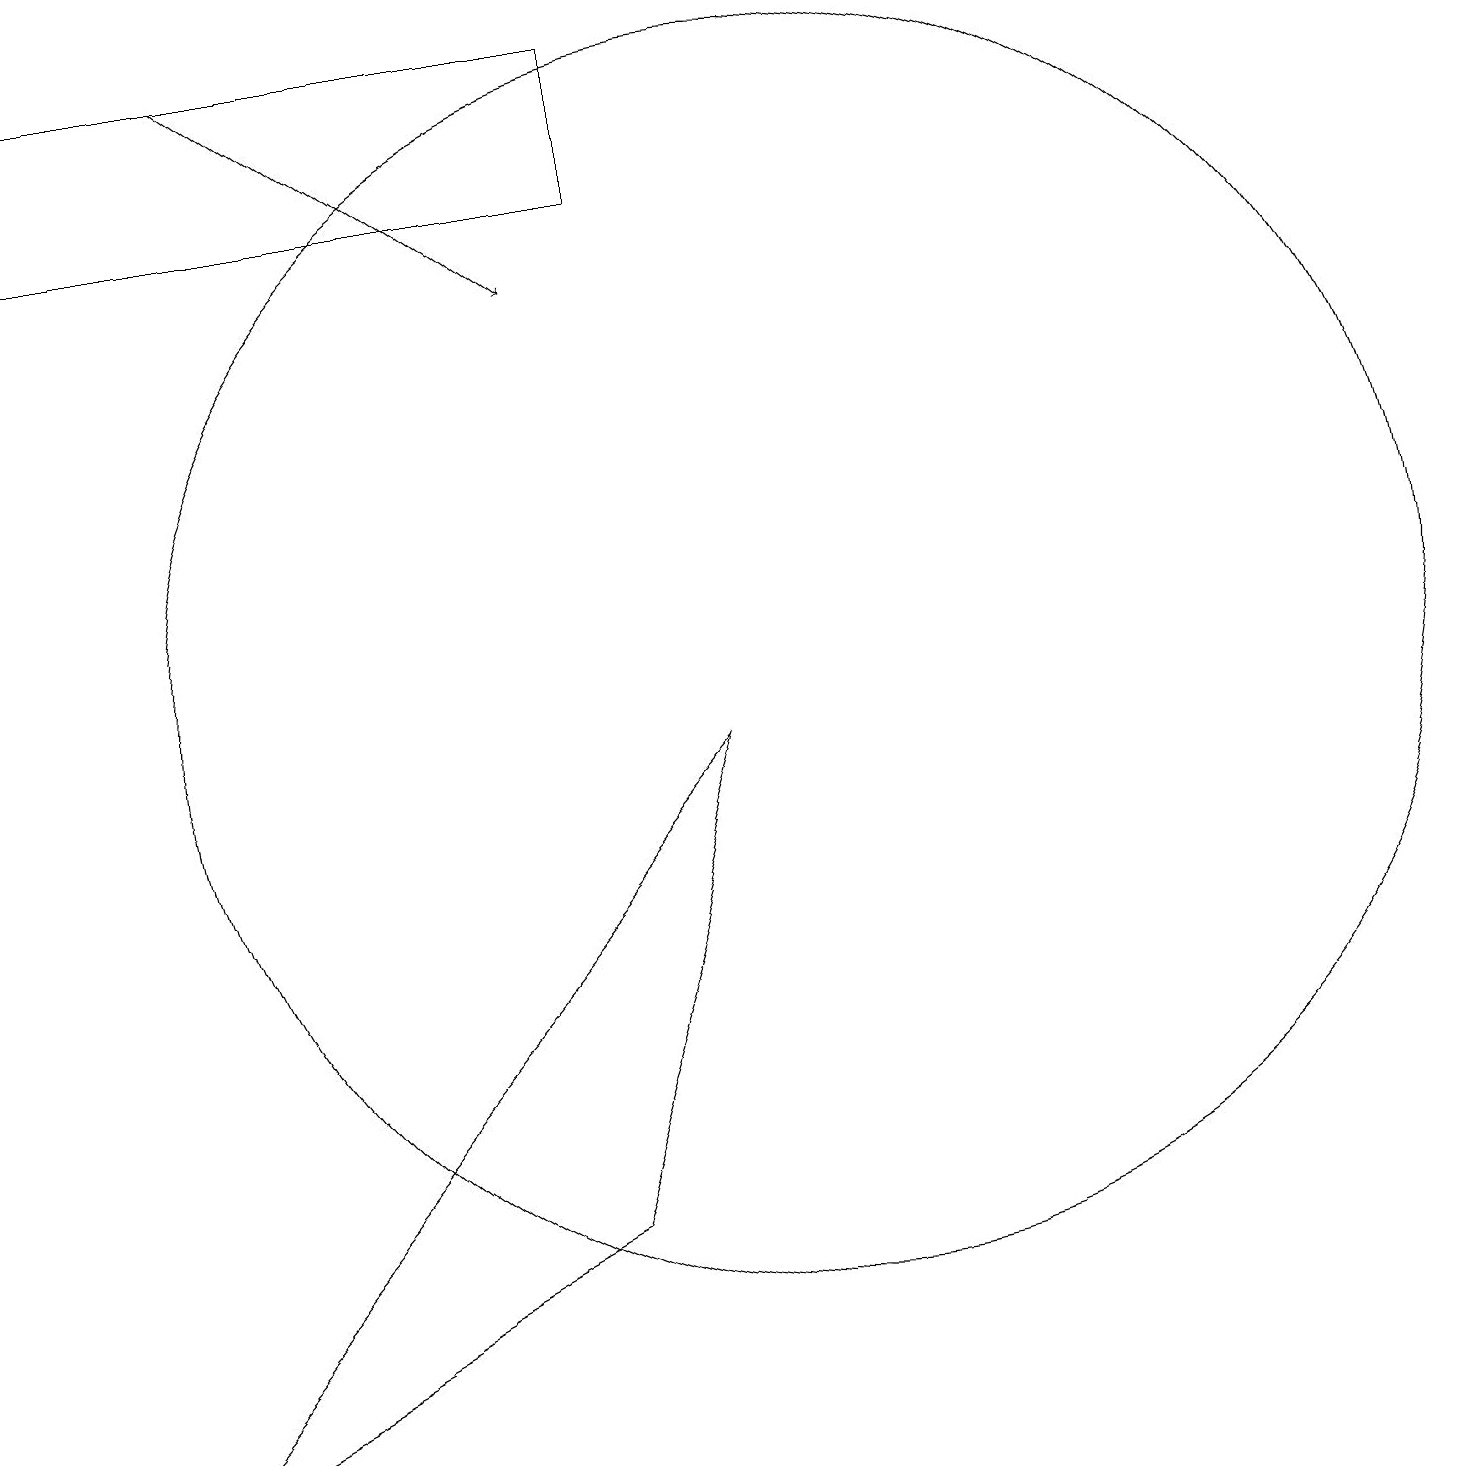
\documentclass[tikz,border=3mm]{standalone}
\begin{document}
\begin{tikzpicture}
\draw (10,10) circle (8);
\draw (12,11) circle (0);
\draw (7,3) -- (9,9) -- (1,0) -- cycle;
\draw (0,16) rectangle (8,18);
\draw (10,11) circle (0);
\draw (11,10) circle (0);
\draw[->] (3,18) -- (7,15);
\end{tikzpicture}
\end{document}